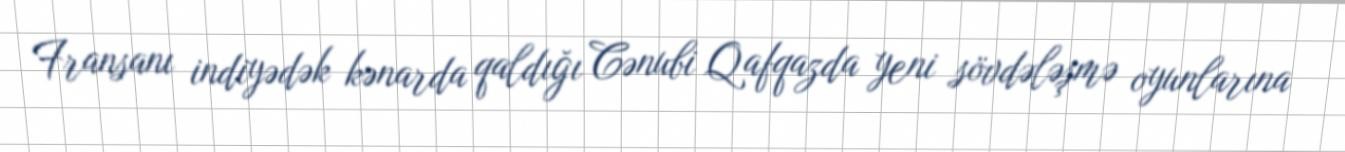
Fransanı indiyədək kənarda qaldığı Cənubi Qafqazda yeni sövdələşmə oyunlarına